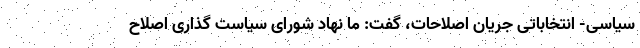
سیاسی- انتخاباتی جریان اصلاحات، گفت: ما نهاد شورای سیاست گذاری اصلاح